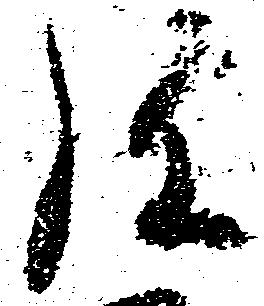
弥